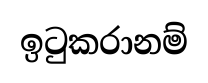
ඉටුකරානම්